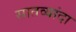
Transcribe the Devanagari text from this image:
सातव्यांदा